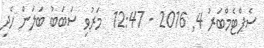
ސެޕްޓެމްބަރު 4